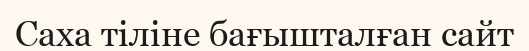
Саха тіліне бағышталған сайт